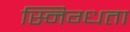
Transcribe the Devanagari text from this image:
स्निग्‍धता